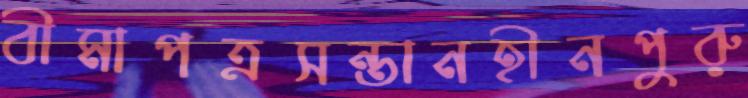
বীমাপত্রসন্তানহীনপুরু